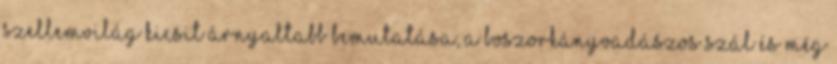
szellemvilág kicsit árnyaltabb bemutatása, a boszorkányvadászos szál és még